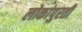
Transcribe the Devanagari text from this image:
लोकांपुरती